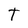
Character: t